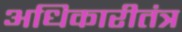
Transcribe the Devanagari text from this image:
अधिकारीतंत्र